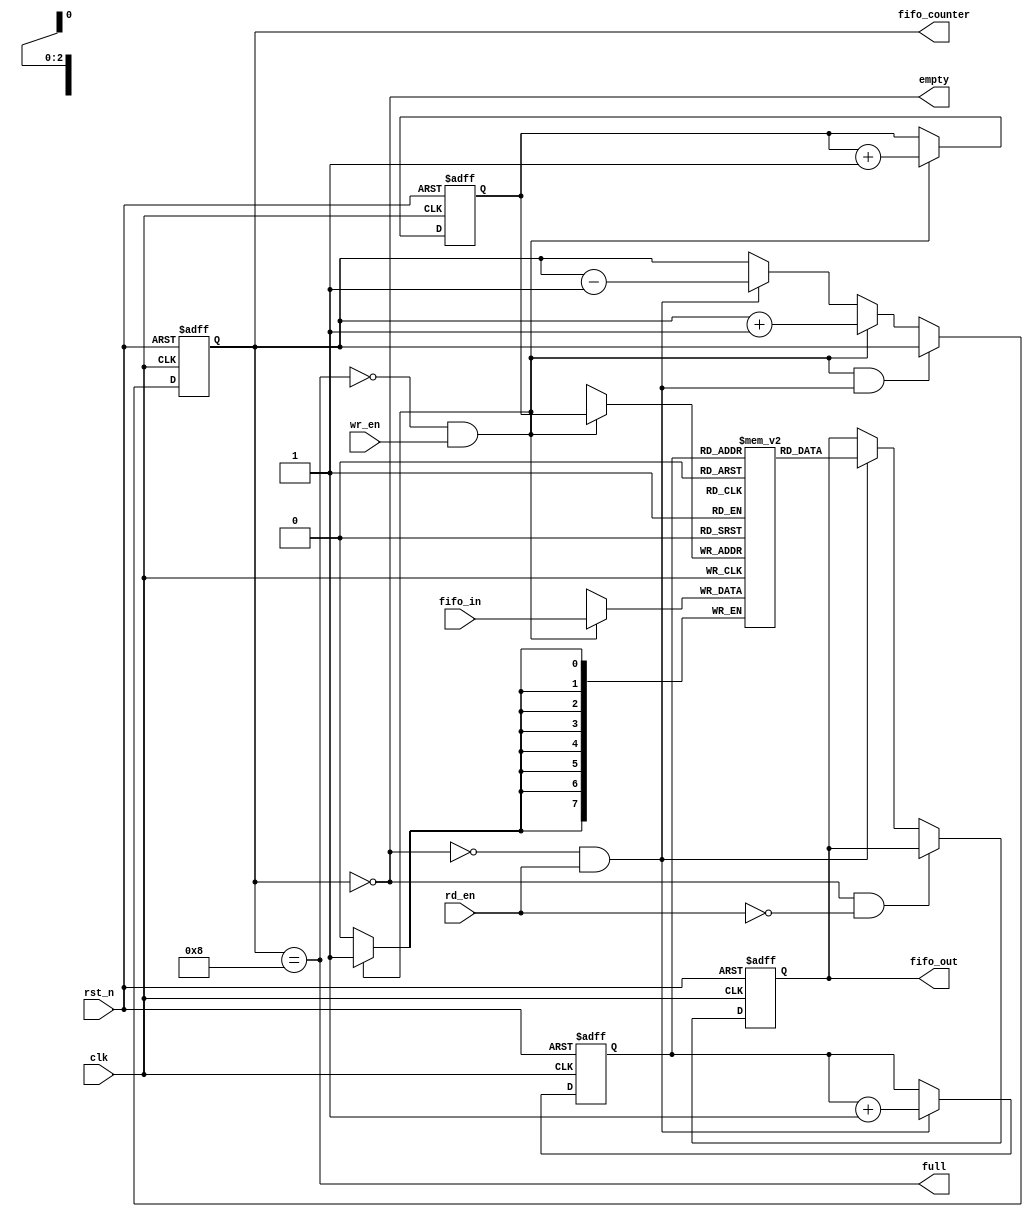
`timescale 1ns / 1ps
//////////////////////////////////////////////////////////////////////////////////
// Company: 
// Engineer: 
// 
// Design Name: 
// Module Name:    fifo4 
// Project Name: 
// Target Devices: 
// Tool versions: 
// Description: 
//
// Dependencies: 
//
// Revision: 
// Revision 0.01 - File Created
// Additional Comments: 
//
//////////////////////////////////////////////////////////////////////////////////
module fifoR14 #(parameter NUM_BITS=8, DEPTH=8)
    (
        input rst_n,
        input clk,
       input rd_en,
        input wr_en,
        input [(NUM_BITS-1):0] fifo_in,
        output reg [(NUM_BITS-1):0] fifo_out,
        output empty,
        output full,
        output reg [(clog2(DEPTH)):0] fifo_counter // Able to count more than depth
    );
    
    // Read and write fifo pointers (We put -2, because on the case of DEPTH=8
    // clog2(DEPTH) = 3, then 1:0, 2 bits, we count from 0 to 3
    reg [(clog2(DEPTH)-1):0] rd_ptr, wr_ptr;
	// reg rd_en,wr_en;
    
    // Declare the fifo memory (RAM that allow read and write at the same time)
    // reg [7:0] fifo_mem[3:0], create an array of 4 elements of 8 bits
    reg[(NUM_BITS-1):0] fifo_mem[(DEPTH-1):0];
    
    // Combinational part that calculate the empty/full flags
    assign empty = (fifo_counter==0);
    assign full = (fifo_counter==DEPTH);
    
    // Sequential circuit that will handle the fifo_counter, which is used to 
    // detect if the fifo is empty or full.
    always @(posedge clk or posedge rst_n)
    begin
        if (rst_n)
            fifo_counter <= 0;
        else if( (!full && wr_en) && ( !empty && rd_en ) ) 
            fifo_counter <= fifo_counter;     // If read and write don't change counter          
        else if (!full && wr_en)  
            fifo_counter <= fifo_counter + 4'b0001; // Only write increment            
        else if (!empty && rd_en)  
            fifo_counter <= fifo_counter - 4'b0001; // Only read decrement                                          
    end
    
    // Sequential circuit to handle reading on the fifo
    always @( posedge clk or posedge rst_n)
    begin
        if(rst_n )
            fifo_out <= 0;
        else if(empty && !rd_en)
		     begin 
			   $display("cannot Popping value: %d at %t",fifo_mem[rd_ptr],$time); 
			end
           
              // Give some data if not empty and we want to read
           else   if ( !empty && rd_en )
                begin
                    fifo_out <= fifo_mem[rd_ptr];
                    // synthesis translate_off                    
                    $display("Popping value: %d at %t",fifo_mem[rd_ptr],$time);                    
                    // synthesis translate_on
                end                    
                                 
                                                       
            end
   // end
    
    // Sequential circuit to handle writing to the fifo
    always @(posedge clk)
    begin    
       if (!full && wr_en)
        begin
            fifo_mem[ wr_ptr ] <= fifo_in;
            // synthesis translate_off                    
            $display("Pushing value: %d at %t",fifo_in,$time);                    
            // synthesis translate_on
        end  
else if(full && !wr_en)
begin	  
   $display("cannot Pushing value: %d at %t",fifo_in,$time);     
    end
	 end
    
    // Sequential circut to handle the read/write pointers
    always@(posedge clk or posedge rst_n)
    begin
        if( rst_n )
        begin
            // In the beginning the pointers are the same
            wr_ptr <= 0;
            rd_ptr <= 0;
        end
        else
        begin
            // We're not full and someone want to write, so we increment the write pointer
            if( !full && wr_en )
                wr_ptr <= wr_ptr + 3'b001;              
            
            // We're not empty and someone want to read, so we decrement the read pointer
            if( !empty && rd_en )
                rd_ptr <= rd_ptr + 3'b001;          
        end    
    end    
    
    /* 
        Calculate the ceil of log2, this is used to know the number of bits needed to
        map a certain depth (need to be power 2). This function will be called on 
        compilation-time
    */         
    function integer clog2;
    input integer depth;
        begin
            depth = depth - 1;
            for(clog2=0; depth>0; clog2=clog2+1)
                depth = depth >> 1;
        end
    endfunction
	 


endmodule